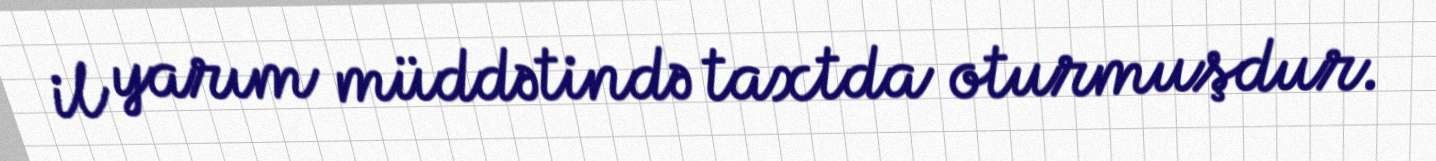
il yarım müddətində taxtda oturmuşdur.